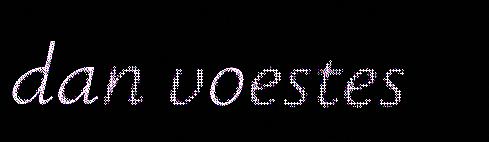
dan voestes